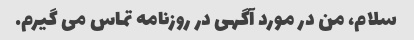
سلام، من در مورد آگهی در روزنامه تماس می گیرم.